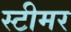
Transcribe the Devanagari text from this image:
स्‍टीमर